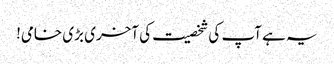
یہ ہے آپ کی شخصیت کی آخری بڑی خامی!